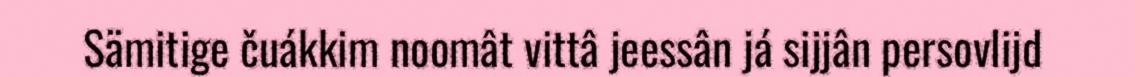
Sämitige čuákkim noomât vittâ jeessân já sijjân persovlijd